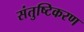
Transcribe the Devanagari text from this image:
संतुष्टिकरण